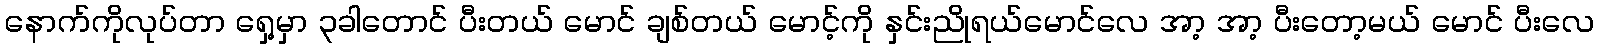
နောက်ကိုလုပ်တာ ရှေ့မှာ ၃ခါတောင် ပီးတယ် မောင် ချစ်တယ် မောင့်ကို နှင်းညိုရယ်မောင်လေ အာ့ အာ့ ပီးတော့မယ် မောင် ပီးလေ